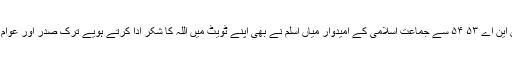
اسلام آباد کے حلقوں این اے ۵۳ ۵۴ سے جماعت اسلامی کے امیدوار میاں اسلم نے بھی اپنے ٹویٹ میں اللہ کا شکر ادا کرتے ہویے ترک صدر اور عوام کو مبارک باد دی ۔